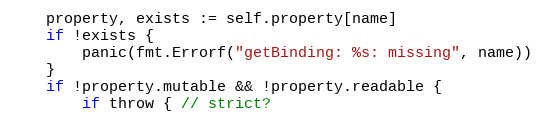
Language: Go
	property, exists := self.property[name]
	if !exists {
		panic(fmt.Errorf("getBinding: %s: missing", name))
	}
	if !property.mutable && !property.readable {
		if throw { // strict?